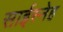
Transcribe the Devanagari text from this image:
साईस्नेह